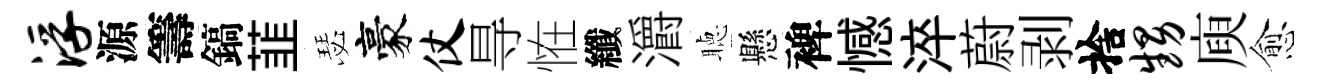
浮源籌鎬韮瑟豪仗㝵恠纖灂聴懸裨憾淬蔚剥捨甥庾愈